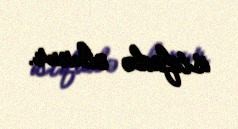
istifadə olunur.